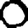
Digit: 0